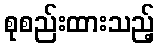
စုစည်းထားသည့်